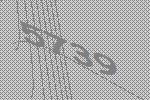
5739